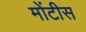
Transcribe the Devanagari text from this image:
मोंटीस